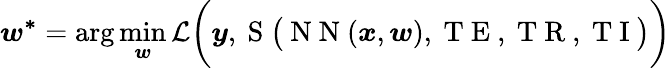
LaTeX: \boldsymbol{w^{*}}=\arg\operatorname*{min}_{\boldsymbol{w}}\mathcal{L}\bigg(\boldsymbol{y},\mathrm{~S~}\big(\mathrm{~N~N~}(\boldsymbol{x},\boldsymbol{w}),\mathrm{~T~E~},\mathrm{~T~R~},\mathrm{~T~I~}\big)\bigg)